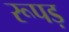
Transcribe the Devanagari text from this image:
रूपड़